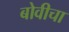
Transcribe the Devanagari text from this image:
बोवीचा